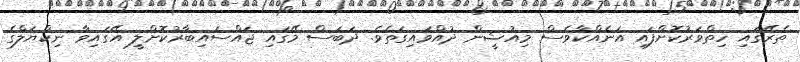
ތެރޭގައި ހިތްވަރުކޮށްފައި އަނެއްކާވެސް މިއުޝީން ދުއްވައިގަތެވެ. ދަބަސް މޭގައި ޖައްސައިބާރުކޮށްލީ އޭގައިވާ ނިކްޔަލްގެ